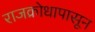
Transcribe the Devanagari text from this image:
राजक्रोधापासून